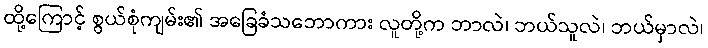
ထို့ကြောင့် စွယ်စုံကျမ်း၏ အခြေခံသဘောကား လူတို့က ဘာလဲ၊ ဘယ်သူလဲ၊ ဘယ်မှာလဲ၊